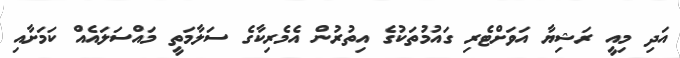
އަދި މިއީ ރަޝިޔާ އަވަށްޓެރި ގައުމުތަކުގެ އިތުރުން އެމެރިކާގެ ސަލާމަތީ މައްސަލައެއް ކަމަށާއި